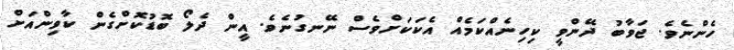
ހެންނެވެ. ޖަވާބު ދޭންވީ ކިހިނެއްކަމެއް އެކަކަށްވެސް ނޭނގުނެވެ. އީން ދެލޯ ބޮޑުކޮށްގެން ކާވިންއަށް